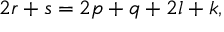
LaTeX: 2 r + s = 2 p + q + 2 l + k ,